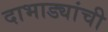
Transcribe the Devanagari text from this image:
दाभाड्यांची